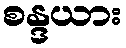
စန္ဒယား